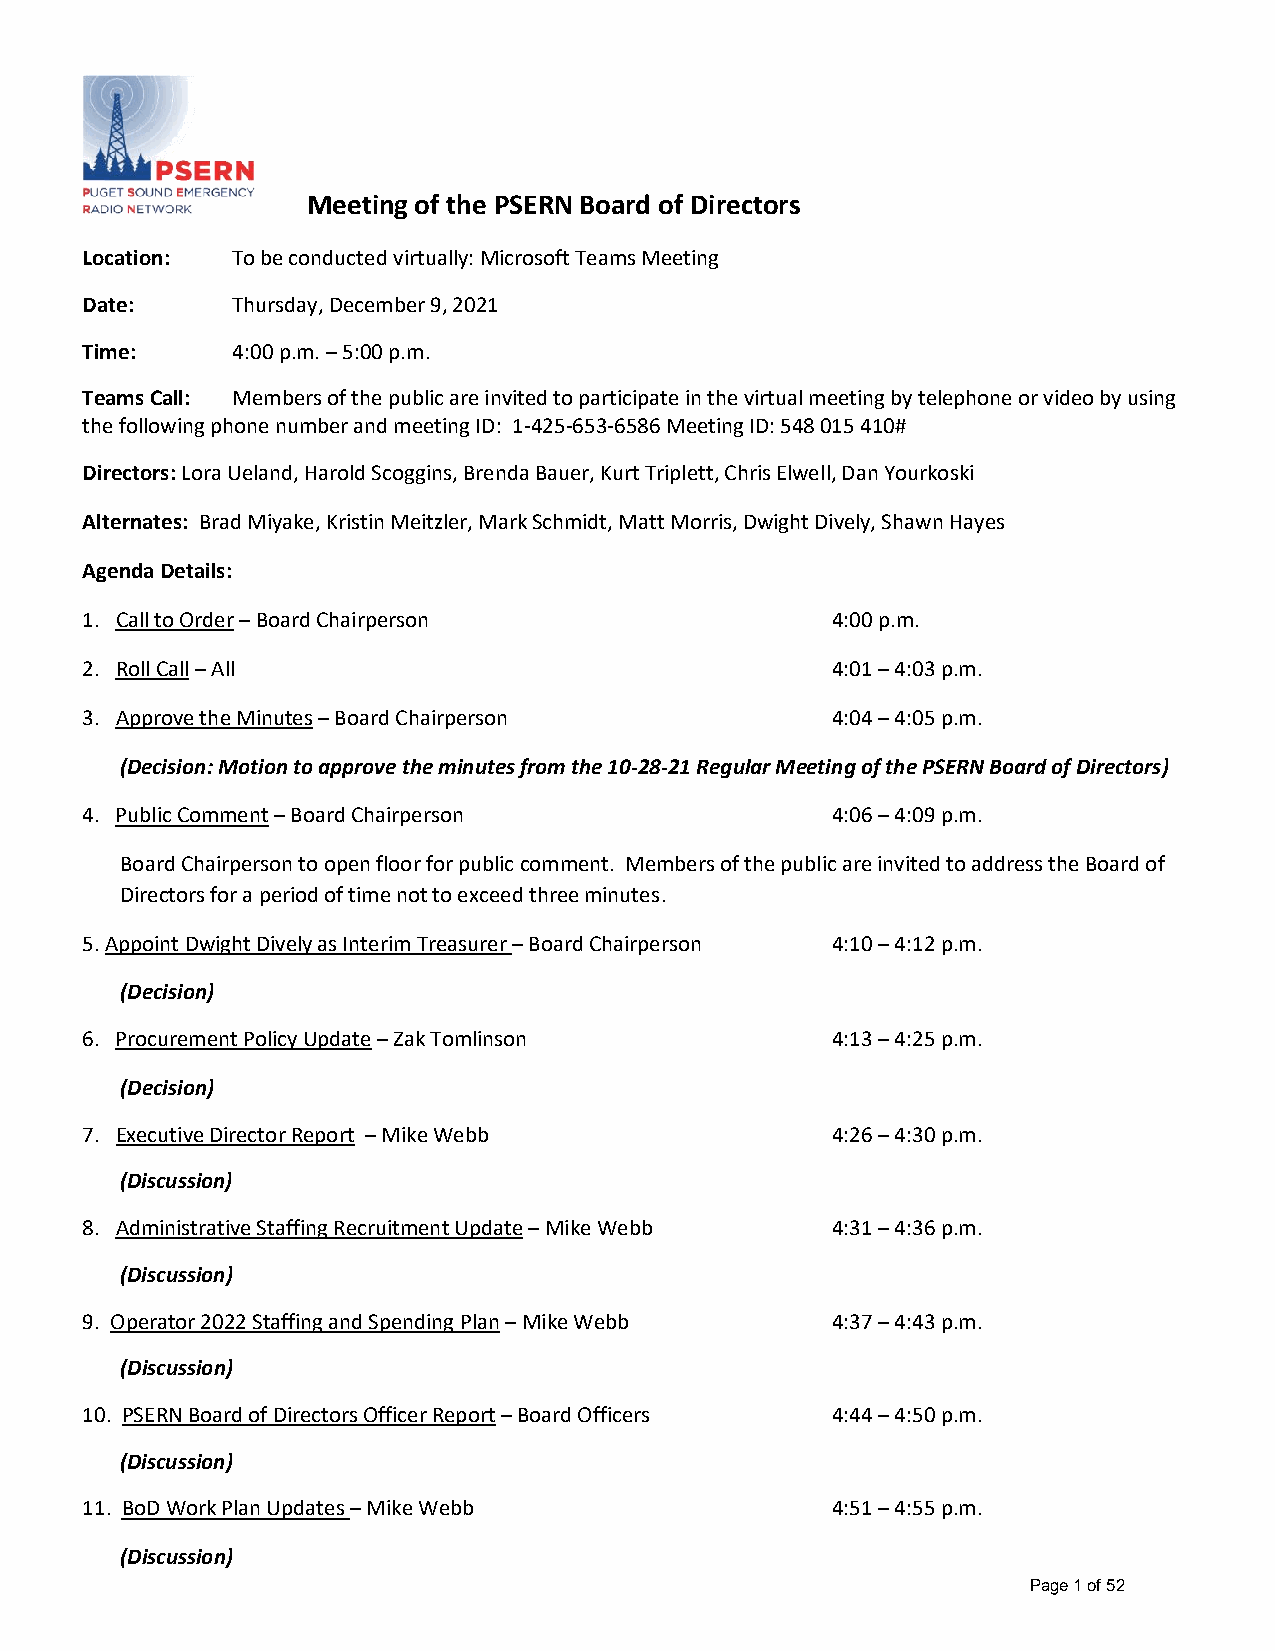
Meeting of the PSERN Board of Directors
 Location: To be conducted virtually: Microsoft Teams Meeting
 Date:     Thursday, December 9, 2021
 Time:     4:00 p.m. – 5:00 p.m.
 Teams Call: Members of the public are invited to participate in the virtual meeting by telephone or video by using
 the following phone number and meeting ID: 1-425-653-6586 Meeting ID: 548 015 410#
 Directors: Lora Ueland, Harold Scoggins, Brenda Bauer, Kurt Triplett, Chris Elwell, Dan Yourkoski
 Alternates: Brad Miyake, Kristin Meitzler, Mark Schmidt, Matt Morris, Dwight Dively, Shawn Hayes
 Agenda Details:
 1. Call to Order – Board Chairperson              4:00 p.m.
 2. Roll Call – All                                4:01 – 4:03 p.m.
 3. Approve the Minutes – Board Chairperson        4:04 – 4:05 p.m.
 (Decision: Motion to approve the minutes from the 10-28-21 Regular Meeting of the PSERN Board of Directors)
 4. Public Comment – Board Chairperson             4:06 – 4:09 p.m.
 Board Chairperson to open floor for public comment. Members of the public are invited to address the Board of
 Directors for a period of time not to exceed three minutes.
 5.Appoint Dwight Dively as Interim Treasurer – Board Chairperson 4:10 – 4:12 p.m.
 (Decision)
 6. Procurement Policy Update – Zak Tomlinson      4:13 – 4:25 p.m.
 (Decision)
 7. Executive Director Report – Mike Webb          4:26 – 4:30 p.m.
 (Discussion)
 8. Administrative Staffing Recruitment Update – Mike Webb 4:31 – 4:36 p.m.
 (Discussion)
 9. Operator 2022 Staffing and Spending Plan – Mike Webb 4:37 – 4:43 p.m.
 (Discussion)
 10. PSERN Board of Directors Officer Report – Board Officers 4:44 – 4:50 p.m.
 (Discussion)
 11. BoD Work Plan Updates – Mike Webb             4:51 – 4:55 p.m.
 (Discussion)
 Page 1 of 52